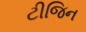
ટીજિન